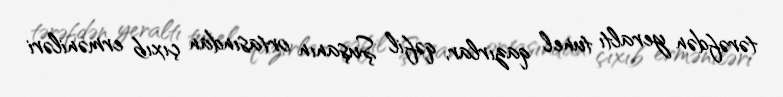
tərəfdən yeraltı tunel qazırlar, qəfil Şuşanın ortasından çıxıb erməniləri